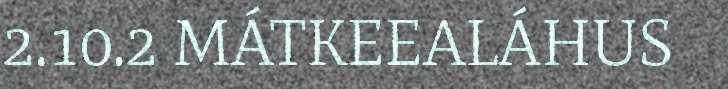
2.10.2 MÁTKEEALÁHUS